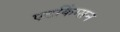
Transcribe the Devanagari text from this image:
एटकिंग्सन